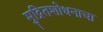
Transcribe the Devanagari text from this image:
मुद्रितशोधनाचा